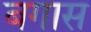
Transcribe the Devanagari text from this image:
बगास